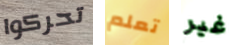
تحركوا تعلم غير